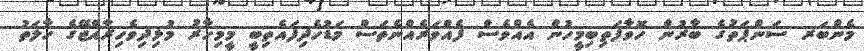
މެންބަރ ސަންޕަތުގެ ބާރުން ހޮވާފަތިބިމީހުން އެއްވެސް ފެއްވަރެއްނެތަސް މަޑުހެދިފައެތިބީ މީމިހާރު މުޅިދިވެހިރާއްޖޭގެ ހާލަތު